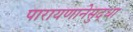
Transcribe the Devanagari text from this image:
पारायणानेसुद्धा